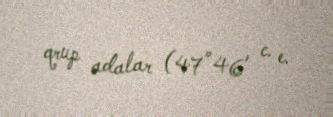
qrup adalar (47°46′ c. e.